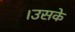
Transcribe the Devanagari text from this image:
।उसके